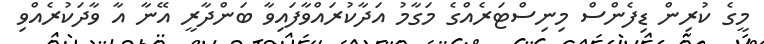
މީގެ ކުރިން ޑިފެންސް މިނިސްޓަރެއްގެ މަގާމު އަދާކުރައްވާފައިވާ ބަންދާރީ އޭނާ އާ ވާދަކުރެއްވި